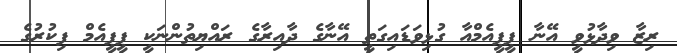
ރިޒާ ވިދާޅުވީ އޭނާ ޕީޕީއެމްއާ ގުޅިވަޑައިގަތީ އޭނާގެ ދާއިރާގެ ރައްޔިތުންނަކީ ޕީޕީއެމް ފިކުރުގެ